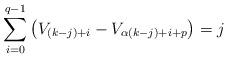
LaTeX: \begin{align*}\sum_{i=0}^{q-1} \left(V_{(k-j)+i}-V_{\alpha{(k-j)+i+p}} \right) = j\end{align*}